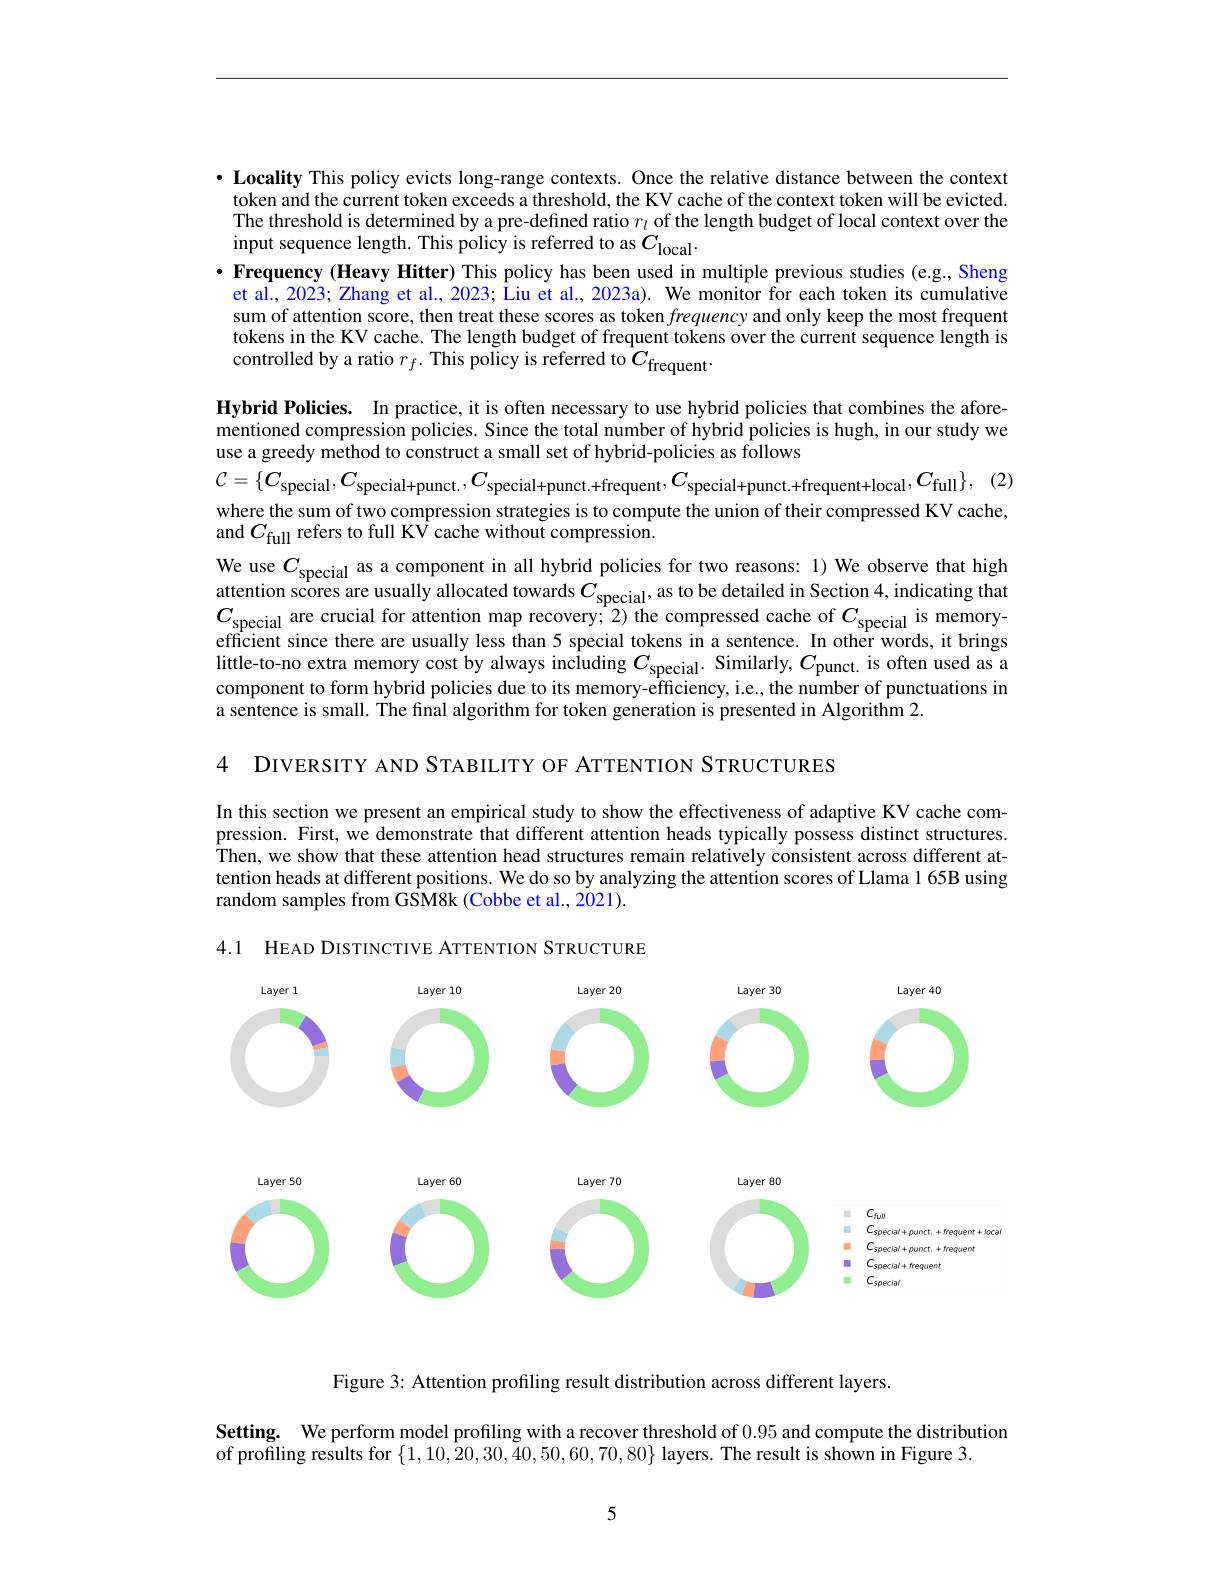
· Locality This policy evicts long-range contexts. Once the relative distance between the context token and the current token exceeds a threshold, the KV cache of the context token will be evicted. The threshold is determined by a pre-defined ratio $r_l$ of the length budget of local context over the input sequence length. This policy is referred to as $C_{\mathrm{local}}.$

· Frequency (Heavy Hitter) This policy has been used in multiple previous studies (e.g., Sheng
et al., 2023; Zhang et al., 2023; Liu et al., 2023a). We monitor for each token its cumulative sum of attention score, then treat these scores as token frequency and only keep the most frequent tokens in the KV cache. The length budget of frequent tokens over the current sequence length is controlled by a ratio $r_f.$ This policy is referred to $C_\mathrm{frequent}.$

Hybrid Policies. In practice, it is often necessary to use hybrid policies that combines the aforementioned compression policies. Since the total number of hybrid policies is hugh, in our study we use a greedy method to construct a small set of hybrid-policies as follows
$\mathcal{C} = \{ C_{\mathrm{special}}, C_{\mathrm{special+ punct. }}, C_{\mathrm{special+ punct. + frequent}}, C_{\mathrm{special+ punct. + frequent+ local}}, C_{\mathrm{full}}\} $, (2)

where the sum of two compression strategies is to compute the union of their compressed KV cache,
and $C_{\mathrm{full}}$ refers to full KV cache without compression.
We use $C_{\mathrm{special~as~a~component~in~all~hybrid~policies~for~two~reasons:~1)~We~observe~that~high}}\\$ attention scores are usually allocated towards $C_{\mathrm{special}}$ as to be detailed in Section 4, indicating that attention scores are usually allocated towards $C_\mathrm{special}$, as to be detailed in Section 4, indicating that$C_\mathrm{special}$ are crucial for attention map recovery; 2) the compressed cache of $C_\mathrm{special}$ is memoryefficient since there are usually less little-to-no extra memory cost by always including $C_\mathrm{special}.$ Similarly, $C_\mathrm{punct.~is~often~used~as~a}$ component to form hybrid policies due to its memory-efficiency, i.e., the number of punctuations in a sentence is small. The fınal algorithm for token generation is presented in Algorithm 2.

4 DIVERSITY AND STABILITY OF ATTENTION STRUCTURES

In this section we present an empirical study to show the effectiveness of adaptive KV cache compression. First, we demonstrate that different attention heads typically possess distinct structures. Then, we show that these attention head structures remain relatively consistent across different attention heads at different positions. We do so by analyzing the attention scores of Llama 1 65B using random samples from GSM8k (Cobbe et al., 2021).

4.1 HEAD DISTINCTIVE ATTENTION STRUCTURE
<FigureHere>

Figure 3: Attention profiling result distribution across different layers.

Setting. We perform model profiling with a recover threshold of 0.95 and compute the distribution
of profiling results for $\{1,10,\hat{2}0,30,\tilde{4}0,50,60,70,80\}$ layers. The result is shown in Figure 3.

5